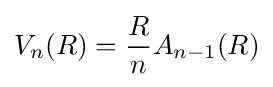
V_{n}(R)={\frac {R}{n}}A_{n-1}(R)